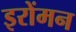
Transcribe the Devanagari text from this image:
इरोंमन